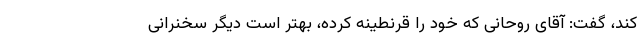
کند، گفت: آقای روحانی که خود را قرنطینه کرده، بهتر است دیگر سخنرانی